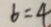
b = 4